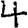
Digit: 4